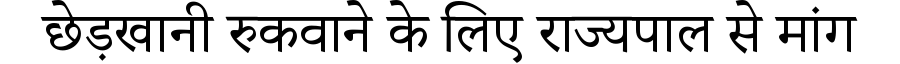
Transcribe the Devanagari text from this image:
छेड़खानी रुकवाने के लिए राज्यपाल से मांग